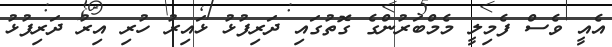
އެއީ ވެސް ފެމިލީ މެމްބަރުންގެ ގޮތުގައި ދަރިފުޅު ޅައިރު ހުރި އިރު ދަރިފުޅު